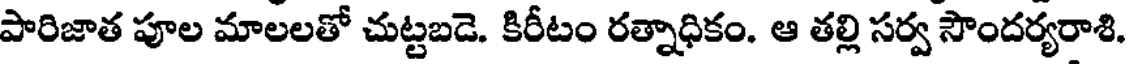
పారిజాత పూల మాలలతో చుట్టబడె. కిరీటం రత్నాధికం. ఆ తల్లి సర్వ సౌందర్యరాశి.